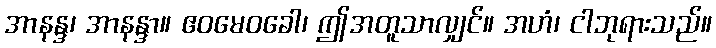
အာနန္ဒ၊ အာနန္ဒာ။ ဧဝမေဝခေါ၊ ဤအတူသာလျှင်။ အဟံ၊ ငါဘုရားသည်။